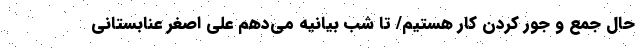
حال جمع و جور کردن کار هستیم/ تا شب بیانیه می‌دهم علی اصغر عنابستانی